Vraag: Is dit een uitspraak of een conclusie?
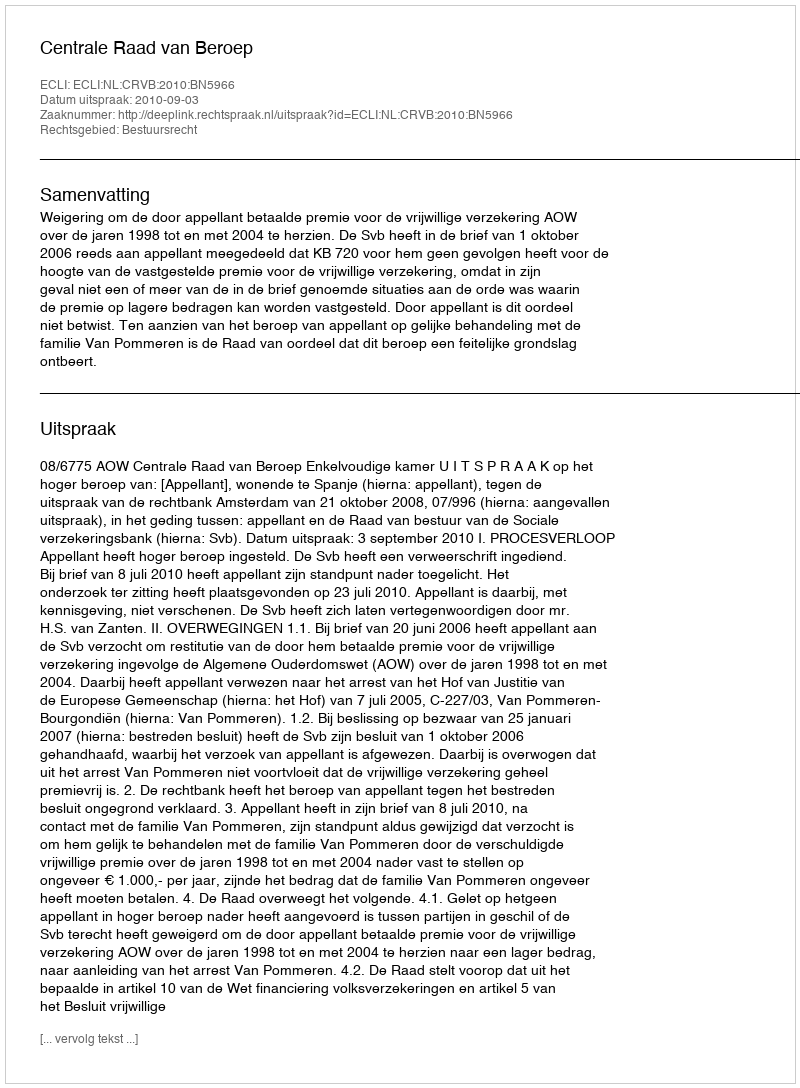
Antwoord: Uitspraak